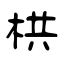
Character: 栱